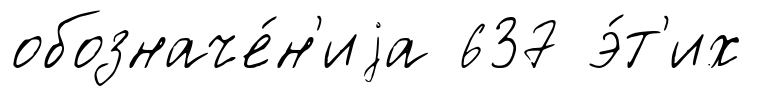
обозначе́н'иjа 637 э́т'их